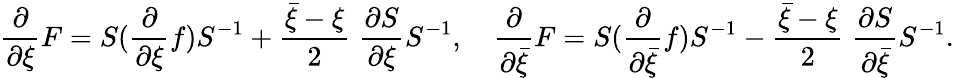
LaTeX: \frac{\partial}{\partial\xi}F=S(\frac{\partial}{\partial\xi}f)S^{-1}+\frac{\bar{\xi}-\xi}{2}\; \frac{\partial S}{\partial\xi}S^{-1},\quad\frac{\partial}{\partial\bar{\xi}}F=S(\frac{\partial}{\partial\bar{\xi}}f)S^{-1}-\frac{\bar{\xi}-\xi}{2}\; \frac{\partial S}{\partial\bar{\xi}}S^{-1}.